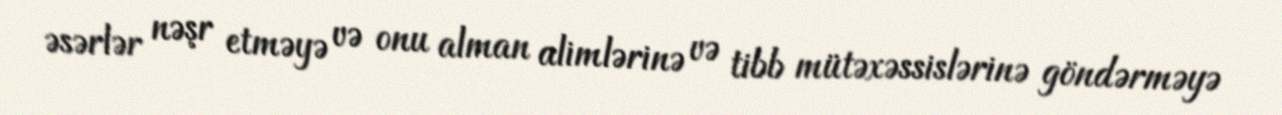
əsərlər nəşr etməyə və onu alman alimlərinə və tibb mütəxəssislərinə göndərməyə